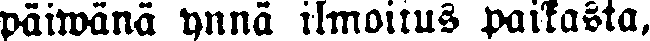
päiwänä ynnä ilmoitus paikasta,